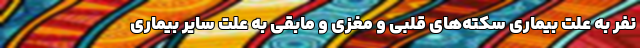
نفر به علت بیماری سکته‌های قلبی و مغزی و مابقی به علت سایر بیماری